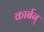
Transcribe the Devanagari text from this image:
कार्बन्